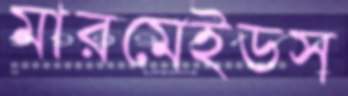
মারমেইডস